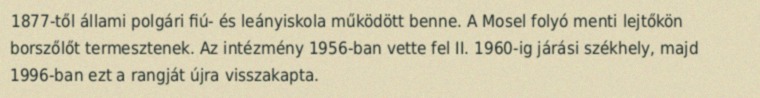
1877-től állami polgári fiú- és leányiskola működött benne. A Mosel folyó menti lejtőkön borszőlőt termesztenek. Az intézmény 1956-ban vette fel II. 1960-ig járási székhely, majd 1996-ban ezt a rangját újra visszakapta.